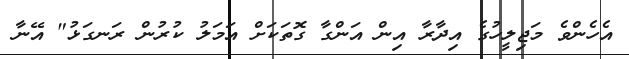
އެހެންވެ މަޖިލީހުގެ އިދާރާ އިން އަންގާ ގޮތަކަށް އަމަލު ކުރުން ރަނގަޅު" އޭނާ